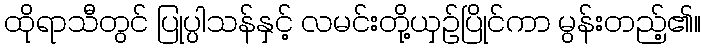
ထိုရာသီတွင် ပြုပ္ပါသန်နှင့် လမင်းတို့ယှဉ်ပြိုင်ကာ မွန်းတည့်၏။